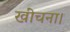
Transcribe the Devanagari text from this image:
खींचना।